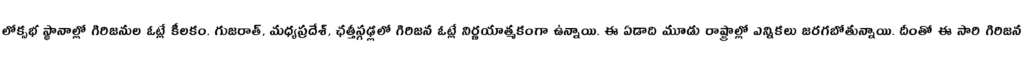
లోక్సభ స్థానాల్లో గిరిజనుల ఓట్లే కీలకం. గుజరాత్, మధ్యప్రదేశ్, ఛత్తీస్గఢ్లలో గిరిజన ఓట్లే నిర్ణయాత్మకంగా ఉన్నాయి. ఈ ఏడాది మూడు రాష్ట్రాల్లో ఎన్నికలు జరగబోతున్నాయి. దీంతో ఈ సారి గిరిజన